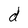
Character: d